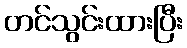
တင်သွင်းထားပြီး